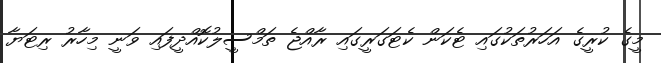
މީގެ ކުރީގެ އަހަރުތަކުގައި ޓެކަން ކެޓަގަރީގައި ރާއްޖެ ތަމްސީލުކޮއްދީފައި ވަނީ މިހާރު ރިޓަޔާ